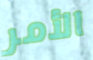
الأمر